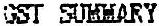
GST SUMMARY